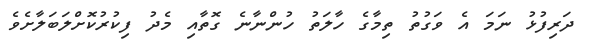
ދަރިފުޅު ނަމަ އެ ވަގުތު ތިމާގެ ހާލަތު ހުންނާނެ ގޮތާއި މެދު ފިކުރުކޮށްލަބަލާށެވެ